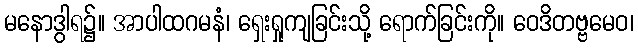
မနောဒွါရ၌။ အာပါထဂမနံ၊ ရှေးရှုကျခြင်းသို့ ရောက်ခြင်းကို။ ဝေဒိတဗ္ဗမေဝ၊